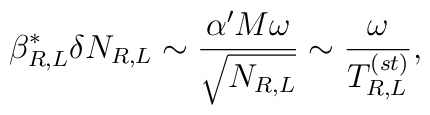
\beta_{R,L}^*\delta N_{R,L} \sim {\alpha' M \omega\over\sqrt{N_{R,L}}}\sim {\omega\over T_{R,L}^{(st)} },